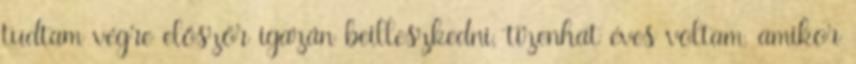
tudtam végre először igazán beilleszkedni, tizenhat éves voltam, amikor